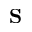
\mathbf { S }